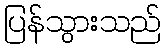
ပြန်သွားသည်